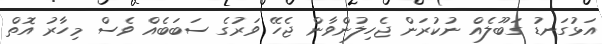
އަޅުގަނޑު ގަބޫލެއް ނުކުރަން ޖެހިލުންވާން ޖެހޭ ވަރުގެ ސަބަބެއް ވެސް މިހާރު އޮތް